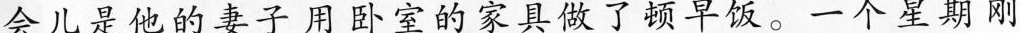
会儿是他的妻子用卧室的家具做了顿早饭。一个星期刚